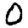
Digit: 0